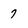
Character: 7